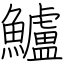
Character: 鱸